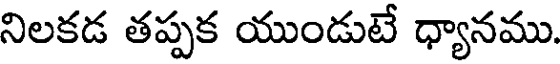
నిలకడ తప్పక యుండుటే ధ్యానము.